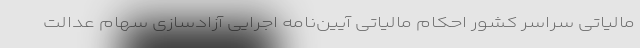
مالیاتی سراسر کشور احکام مالیاتی آیین‌نامه اجرایی آزادسازی سهام عدالت